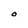
Character: O